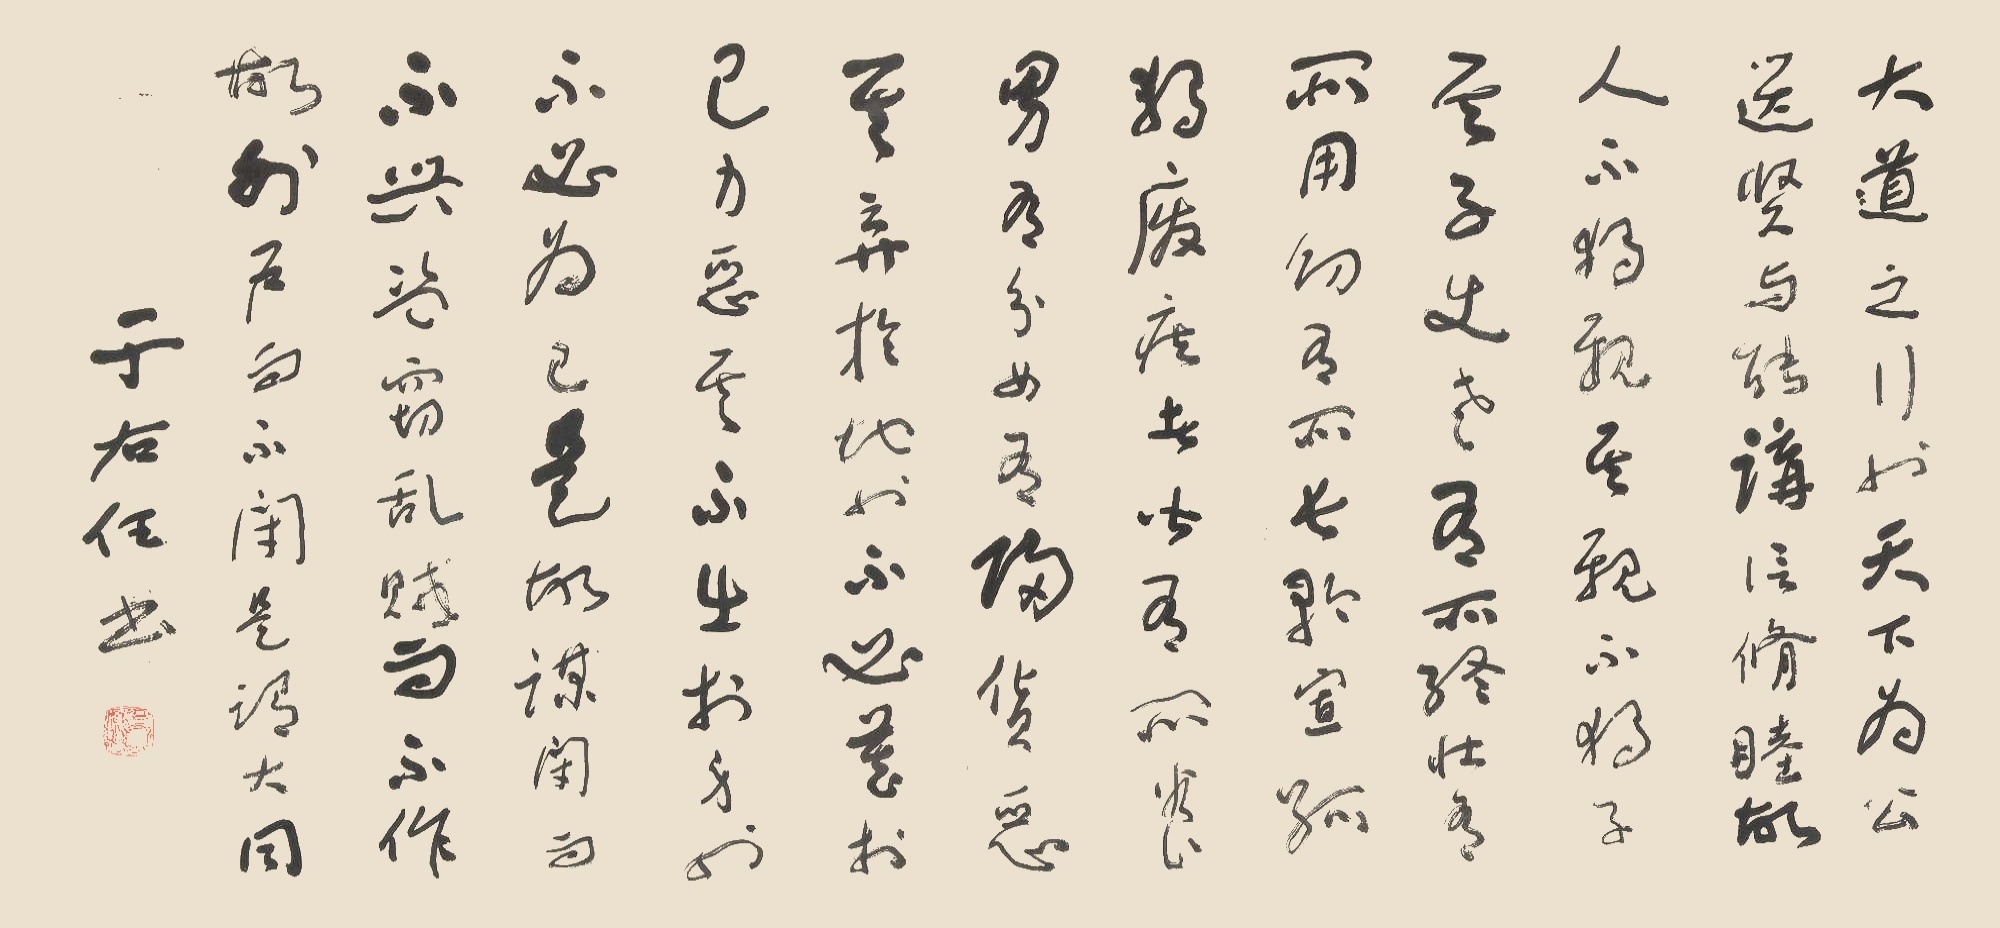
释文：大道之行也，天下为公，选贤与能，讲信修睦。故人不独亲其亲，不独子其子，使老有所终，壮有所用，幼有所长，矜、寡、孤、独、废疾者皆有所养，男有分，女有归。货恶其弃于地也，不必藏于己；力恶其不出于身也，不必为己。是故谋闭而不兴，盗窃乱贼而不作，故外户而不闭，是谓大同。于右任书。